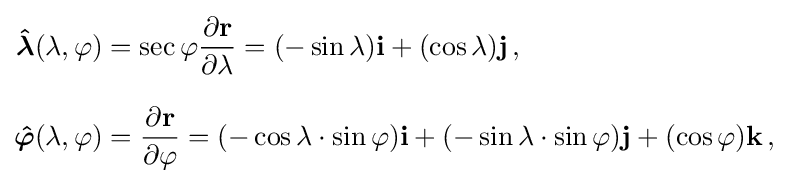
{\begin{aligned}{\boldsymbol {\hat {\lambda }}}(\lambda ,\varphi )&=\sec {\varphi }{\frac {\partial \mathbf {r} }{\partial \lambda }}=(-\sin {\lambda })\mathbf {i} +(\cos {\lambda })\mathbf {j} \,,\\[8pt]{\boldsymbol {\hat {\varphi }}}(\lambda ,\varphi )&={\frac {\partial \mathbf {r} }{\partial \varphi }}=(-\cos {\lambda }\cdot \sin {\varphi })\mathbf {i} +(-\sin {\lambda }\cdot \sin {\varphi })\mathbf {j} +(\cos {\varphi })\mathbf {k} \,,\end{aligned}}